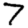
Digit: 7